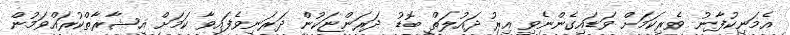
އެމަނިކުފާނު ވެރިކަމަށް ވަޑައިގެންނެވި އިރު ދައުލަތް ބޮޑު ދަރަންޏަކުން ދަރަނިވެފައިވާ ކަމަށް އިޝާރާތްކުރައްވަމުން